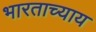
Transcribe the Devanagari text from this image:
भारताच्याय